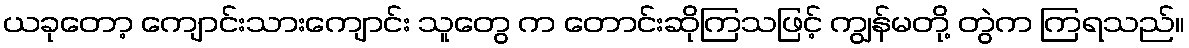
ယခုတော့ ကျောင်းသားကျောင်း သူတွေ က တောင်းဆိုကြသဖြင့် ကျွန်မတို့ တွဲက ကြရသည်။